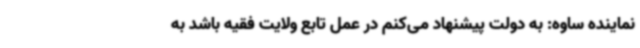
نماینده ساوه: به دولت پیشنهاد می‌کنم در عمل تابع ولایت فقیه باشد به